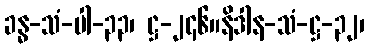
ခန္ဓ-သံ-ပါ-၃၃၊ ဋ္ဌ-၂၄၆။နိဒါန-သံ-ဋ္ဌ-၃၂၊